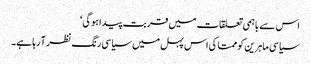
اس سے باہمی تعلقات میں قربت پیدا ہوگی‘
سیاسی ماہرین کو ممتا کی اس پہل میں سیاسی رنگ نظر آ رہا ہے۔